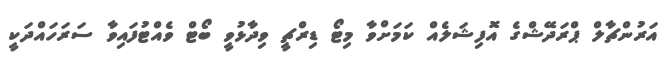
އަރުންޗާލް ޕްރަދޭޝްގެ އޮފިޝަލެއް ކަމަށްވާ މިޓޯ ޑިރްޗީ ވިދާޅުވީ ބޯޓް ވެއްޓުފައިވާ ސަރަހައްދަކީ